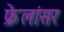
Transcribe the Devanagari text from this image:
फ्रेलांसर